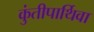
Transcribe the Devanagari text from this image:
कुंतीपार्थिवा